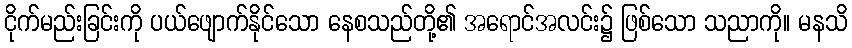
ငိုက်မည်းခြင်းကို ပယ်ဖျောက်နိုင်သော နေစသည်တို့၏ အရောင်အလင်း၌ ဖြစ်သော သညာကို။ မနသိ